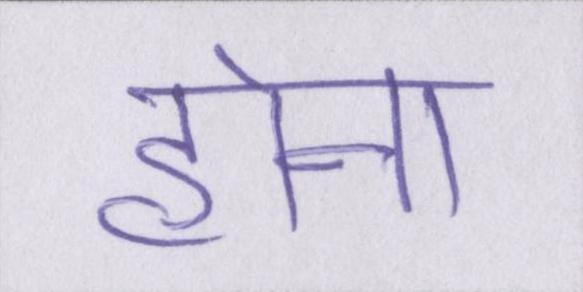
होना